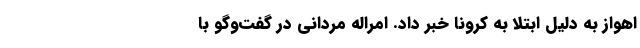
اهواز به دلیل ابتلا به کرونا خبر داد. امراله مردانی در گفت‌وگو با